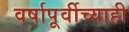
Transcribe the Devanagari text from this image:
वर्षापूर्वीच्याही